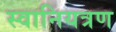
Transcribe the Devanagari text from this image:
स्वानियत्रण